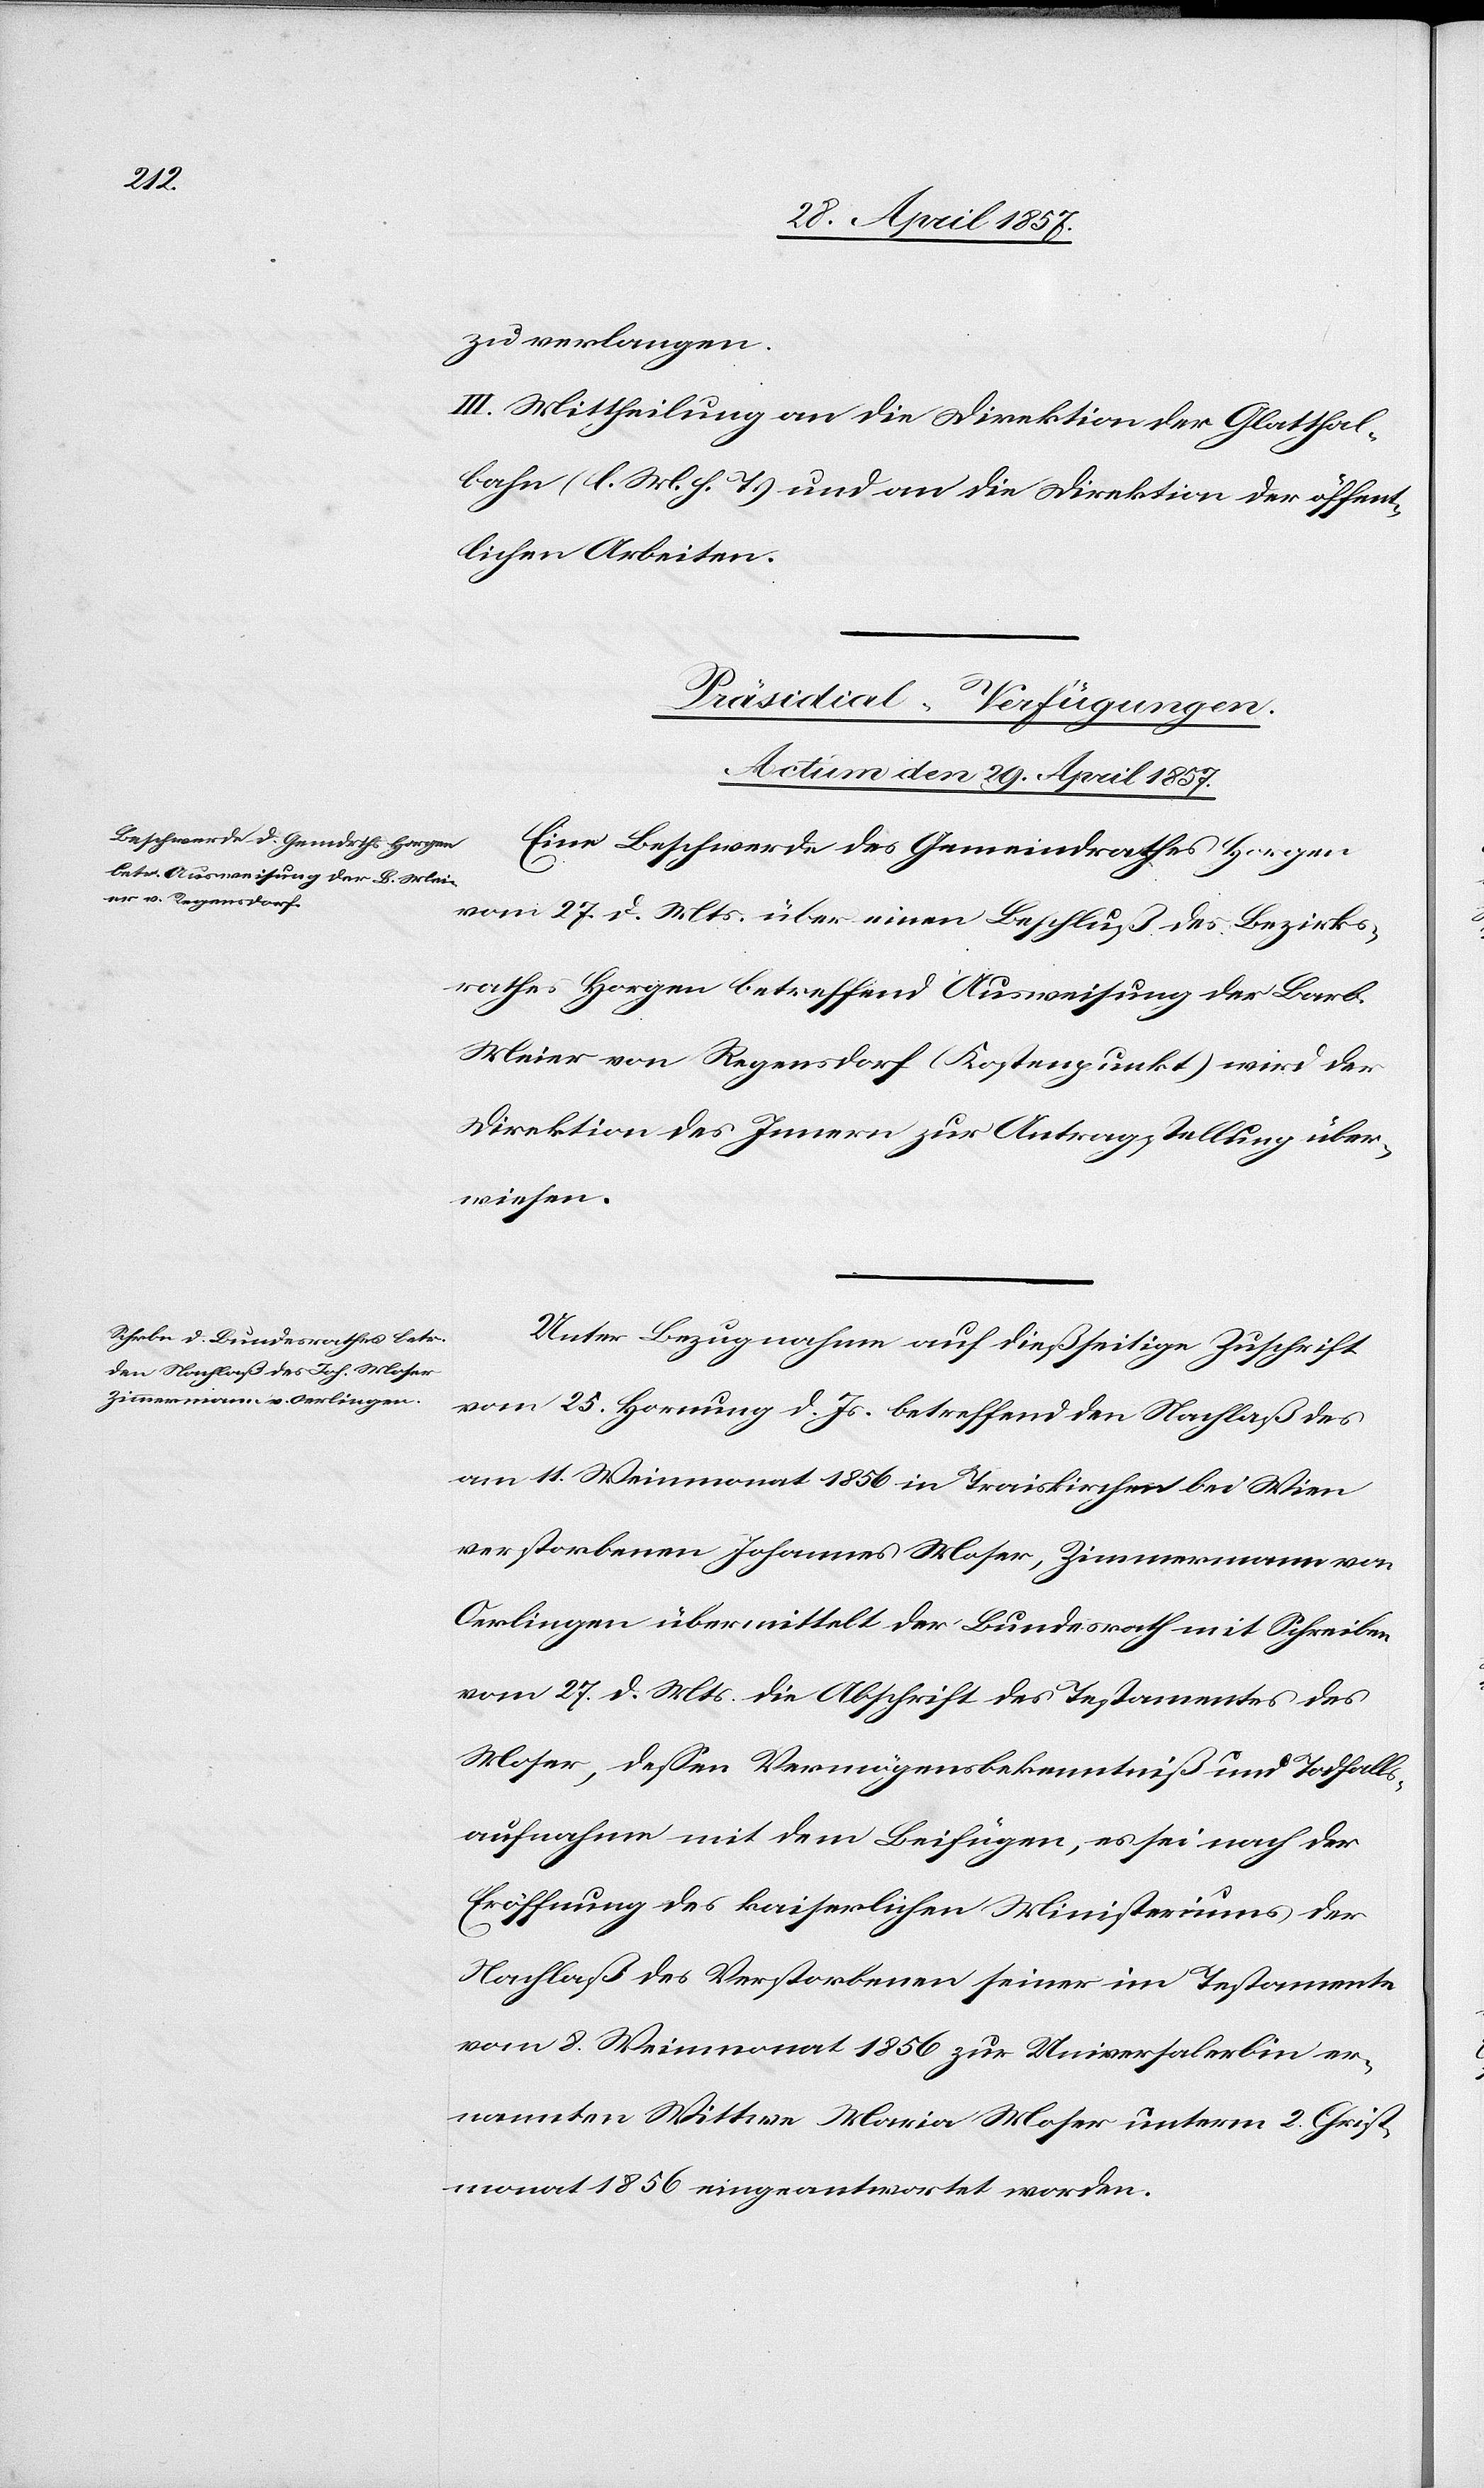
zu verlangen.
III. Mittheilung an die Direktion der Glatthal¬
bahn [l. M. h. T] und an die Direktion der öffent¬
lichen Arbeiten.
[Präsidial-Verfügungen.
Actum den 29 April 1857.]
Eine Beschwerde des Gemeindrathes Horgen
vom 27 April d. Mts. über einen Beschluß des Bezirks¬
rathes Horgen betreffend Ausweisung der Barb.
Meier von Regensdorf (Kostenpunkt) wird der
Direktion des Innern zur Antragstellung über¬
wiesen.
Unter Bezugnahme auf dießseitige Zuschrift
vom 25 Hornung d. Js. betreffend den Nachlaß des
am 11 Weinmonat 1856 in Traiskirchen bei Wien
verstorbenen Johannes Moser, Zimmermann von
Oerlingen übermittelt der Bundesrath mit Schreiben
vom 27 d. Mts. die Abschrift des Testamentes des
Moser, deßen Vermögensbekenntniß und Todfalls¬
aufnahme mit dem Beifügen, es sei nach der
Eröffnung des kaiserlichen Ministeriums der
Nachlaß des Verstorbenen seiner im Testamente
vom 8 Weinmonat 1856 zur Universalerbin er¬
nannten Wittwe Maria Moser unterm 2 Christ¬
monat 1856 eingeantwortet worden.